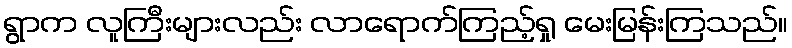
ရွာက လူကြီးများလည်း လာရောက်ကြည့်ရှု မေးမြန်းကြသည်။